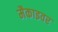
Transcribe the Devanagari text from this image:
मैकाइवर